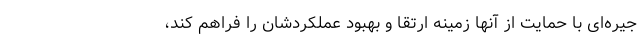
جیره‌ای با حمایت از آنها زمینه ارتقا و بهبود عملکردشان را فراهم کند،